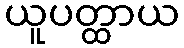
ယူပတ္ထာယ